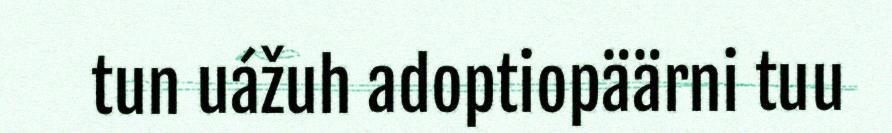
tun uážuh adoptiopäärni tuu